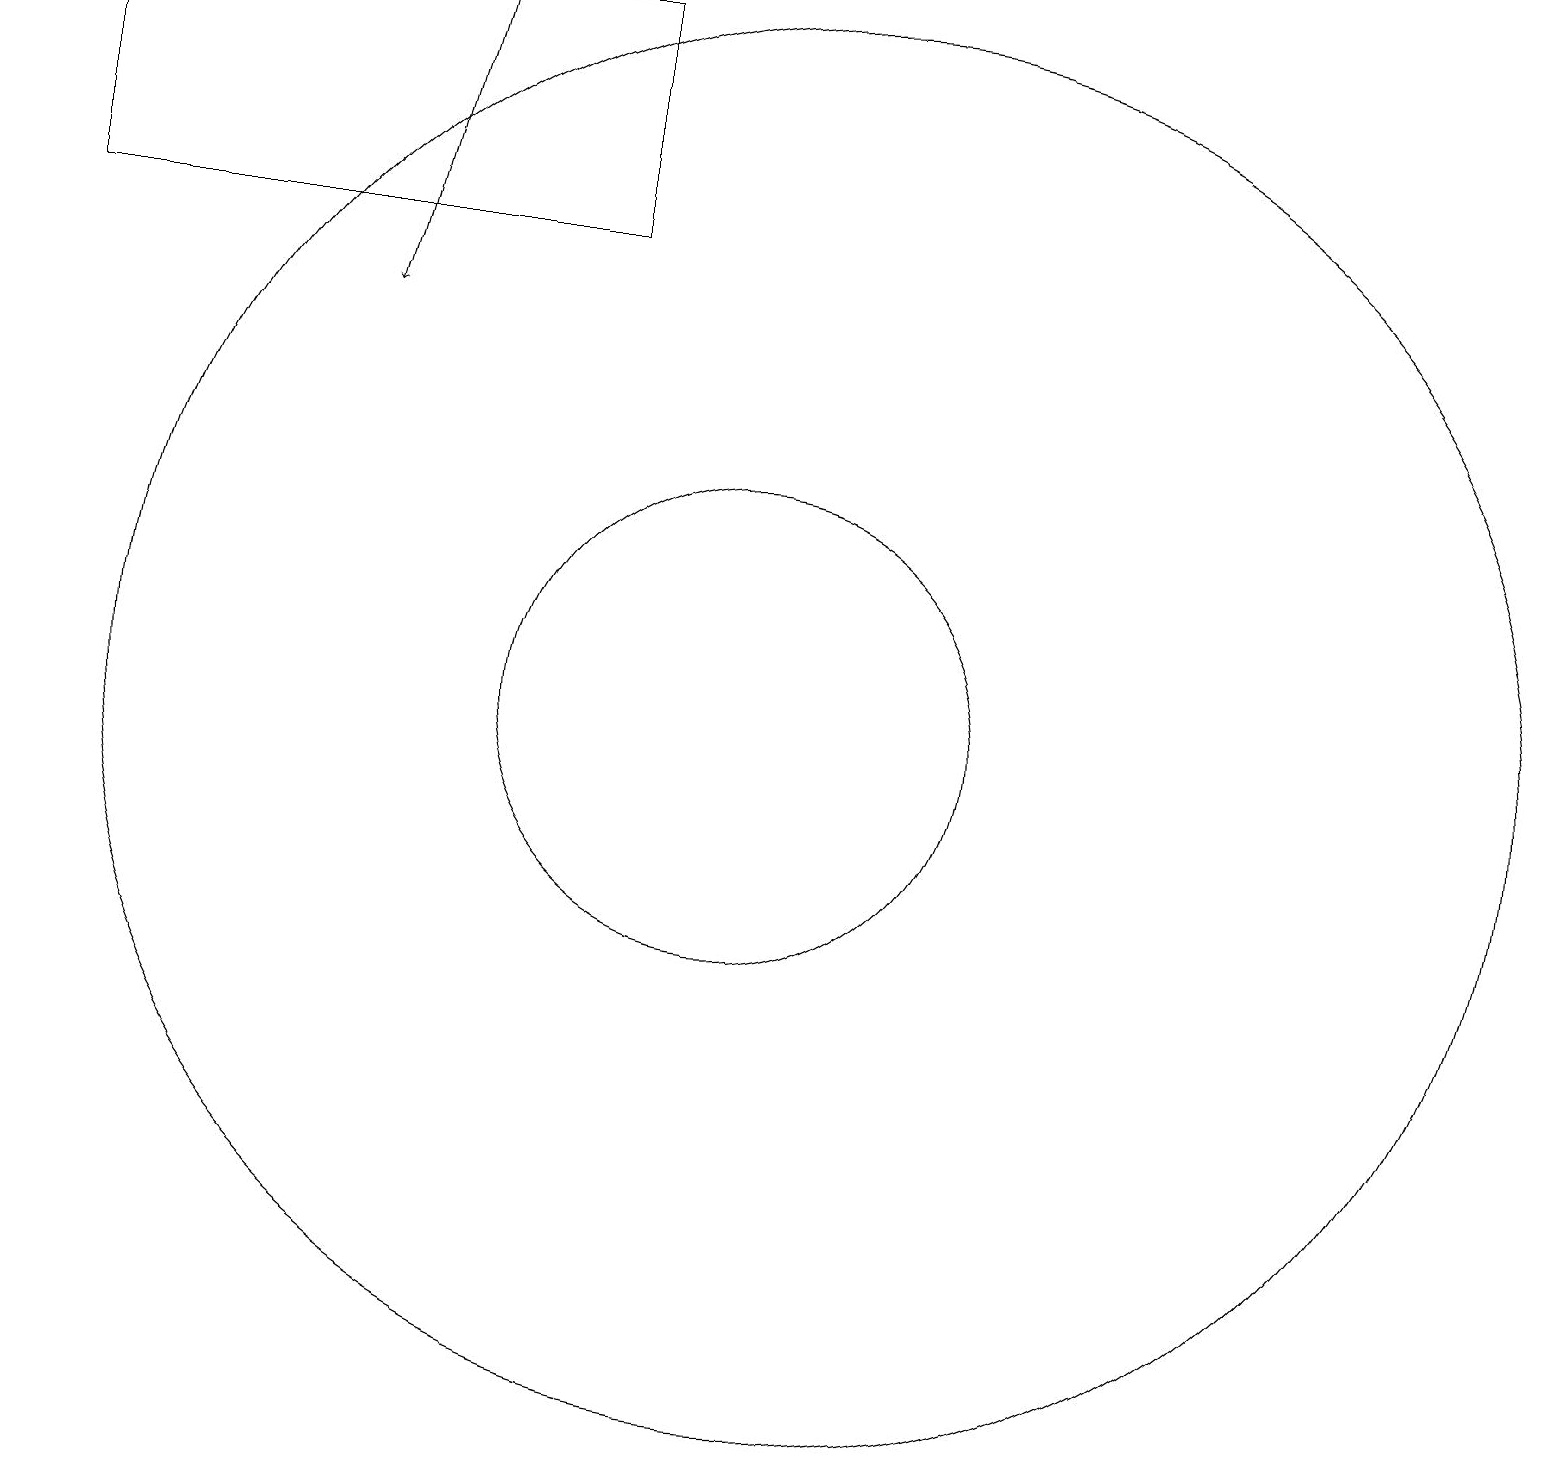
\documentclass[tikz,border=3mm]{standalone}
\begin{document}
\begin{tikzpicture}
\draw (8,16) rectangle (1,19);
\draw[->] (6,19) -- (5,15);
\draw (10,10) circle (3);
\draw (11,10) circle (9);
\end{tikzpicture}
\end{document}